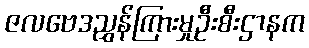
ဇလဗေဒညွှန်ကြားမှုဦးစီးဌာနက